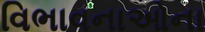
વિભાવનાઓના